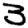
Digit: 3